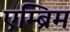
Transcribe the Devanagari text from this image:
एम्ब्रिम